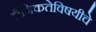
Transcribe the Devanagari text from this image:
लैंगिकतेविषयीचे